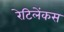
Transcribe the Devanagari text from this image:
रेटिलेंकस